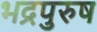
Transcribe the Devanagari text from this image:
भद्रपुरुष